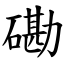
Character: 磡